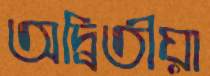
অদ্বিতীয়া